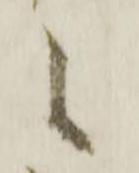
之